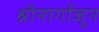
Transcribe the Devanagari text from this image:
श्रीनार्गाजुन